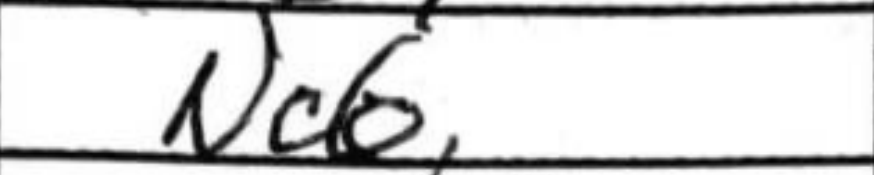
Transcription: Nc6